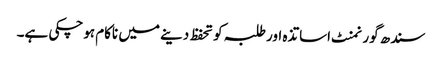
سندھ گورنمنٹ اساتذہ اور طلبہ کو تحفظ دینے میں ناکام ہوچکی ہے۔